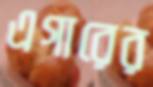
এগারের